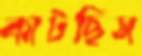
কাটছিস